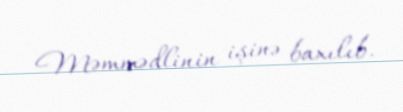
Məmmədlinin işinə baxılıb.